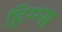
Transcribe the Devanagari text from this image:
हिग्ग्स